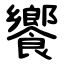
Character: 饗